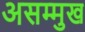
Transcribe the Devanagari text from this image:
असम्मुख